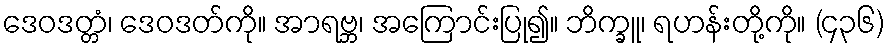
ဒေဝဒတ္တံ၊ ဒေဝဒတ်ကို။ အာရဗ္ဘ၊ အကြောင်းပြု၍။ ဘိက္ခူ၊ ရဟန်းတို့ကို။ (၄၃၆)